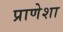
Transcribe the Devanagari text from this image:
प्राणेशा